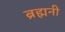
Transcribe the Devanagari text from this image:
ब्रह्मनी